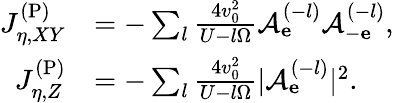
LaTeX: \begin{array}{rl}{J_{\eta,XY}^{\mathrm{(P)}}}&{=-\sum_{l}\frac{4v_{0}^{2}}{U-l\Omega}\mathcal{A}_{\mathbf e}^{(-l)}\mathcal{A}_{-\mathbf e}^{(-l)},}\\ {J_{\eta,Z}^{\mathrm{(P)}}}&{=-\sum_{l}\frac{4v_{0}^{2}}{U-l\Omega}|\mathcal{A}_{\mathbf e}^{(-l)}|^{2}.}\end{array}